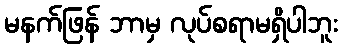
မနက်ဖြန် ဘာမှ လုပ်စရာမရှိပါဘူး